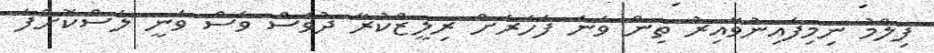
ފިލްމު ނިމިފައިނުވާއިރު ތިން ވަނަ ފަހަރަށް ރިލީޒްކުރާ ދުވަސް ވެސް ވަނީ ލަސްކޮށްފަ